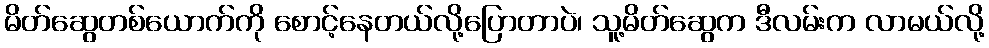
မိတ်ဆွေတစ်ယောက်ကို စောင့်နေတယ်လို့ပြောတာပဲ၊ သူ့မိတ်ဆွေက ဒီလမ်းက လာမယ်လို့